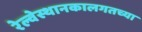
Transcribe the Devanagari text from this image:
रेल्वेस्थानकालगतच्या